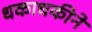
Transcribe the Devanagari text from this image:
धकाधकीने